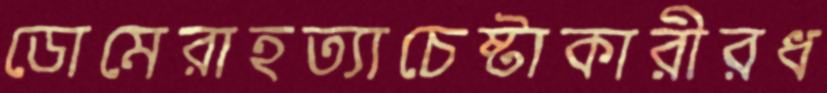
ডোমেরাহত্যাচেষ্টাকারীরধ